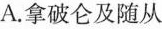
A.拿破仑及随从